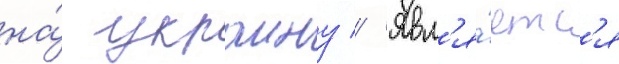
на́ украину // Явл'я́етс'я